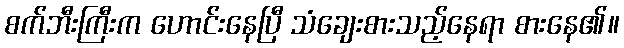
စက်ဘီးကြီးက ဟောင်းနေပြီ သံချေးစားသည့်နေရာ စားနေ၏။